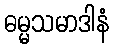
ဓမ္မသမာဒါနံ